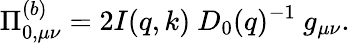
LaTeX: \Pi_{0,\mu\nu}^{(b)}=2I(q,k)\ D_{0}(q)^{-1}\ g_{\mu\nu}.